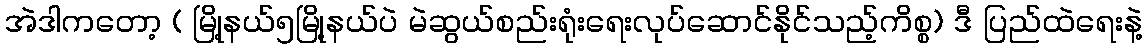
အဲဒါကတော့ ( မြို့နယ်၅မြို့နယ်ပဲ မဲဆွယ်စည်းရုံးရေးလုပ်ဆောင်နိုင်သည့်ကိစ္စ) ဒီ ပြည်ထဲရေးနဲ့